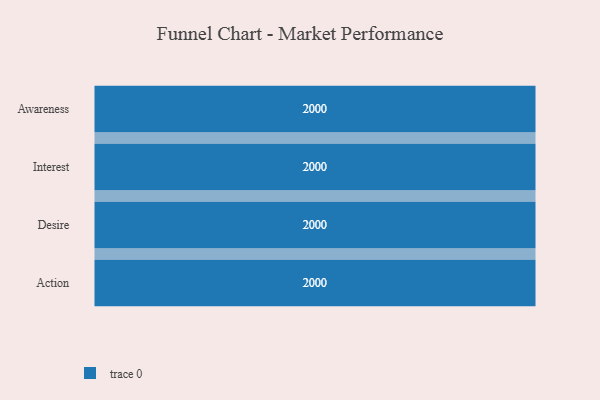
{"axis": {"x": "Stage", "y": "Value"}, "legend": [""], "data": [{"x": "Awareness", "y": 2000, "type": ""}, {"x": "Interest", "y": 2000, "type": ""}, {"x": "Desire", "y": 2000, "type": ""}, {"x": "Action", "y": 2000, "type": ""}]}